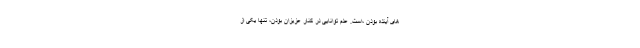
های آینده بودن ،است. عدم توانایی در کنار عزیزان بودن، تنها یکی از